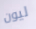
ليون